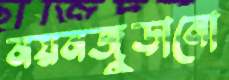
নয়নজুড়ানো